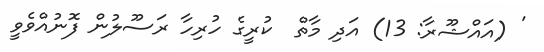
' (އައްޝޫރާ: 13) އަދި މާތް  ކުރީގެ ހުރިހާ ރަސޫލުން ފޮނުއްވެވީ